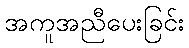
အကူအညီပေးခြင်း